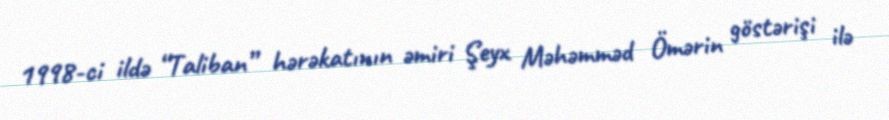
1998-ci ildə “Taliban” hərəkatının əmiri Şeyx Məhəmməd Ömərin göstərişi ilə